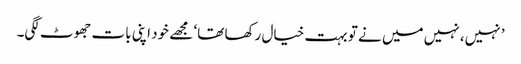
’ نہیں، نہیں میں نے تو بہت خیال رکھا تھا‘ مجھے خود اپنی بات جھوٹ لگی۔